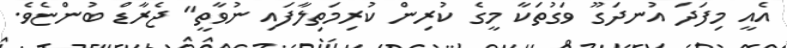
އެއީ މިފަދަ އުނދަގޫ ވަގުތަކާ މީގެ ކުރިން ކުރިމަތިލާފައި ނުވާތީ" ޖެރާޑް ބުންޏެވެ.